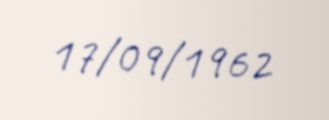
17/09/1962